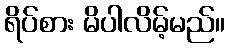
ရိပ်စား မိပါလိမ့်မည်။